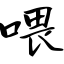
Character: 喂